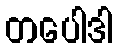
တပေါဒါ